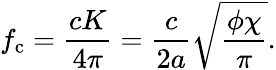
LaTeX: f_{\mathrm{c}}=\frac{cK}{4\pi}=\frac{c}{2a}\sqrt{\frac{\phi\chi}{\pi}}.